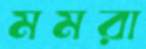
মমরা